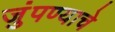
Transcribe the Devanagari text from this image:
जुंपण्याचे